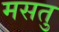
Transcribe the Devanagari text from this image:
मसतु